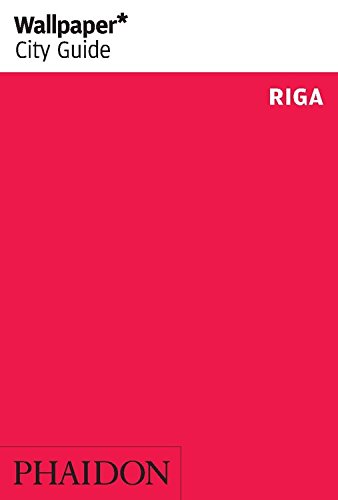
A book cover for Wallpaper* City Guide Riga (Wallpaper City Guides); Travel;